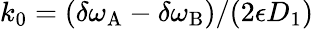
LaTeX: k_{0}=(\delta\omega_{\mathrm{A}}-\delta\omega_{\mathrm{B}})/(2\epsilon D_{1})